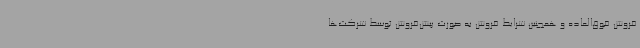
فروش فوق‌العاده و همچنین شرایط فروش به صورت پیش‌فروش توسط شرکت‌ها